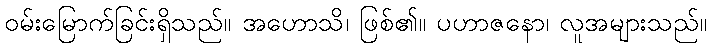
ဝမ်းမြောက်ခြင်းရှိသည်။ အဟောသိ၊ ဖြစ်၏။ ပဟာဇနော၊ လူအများသည်။